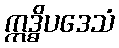
ဣဒ္ဓိပဒေသံ